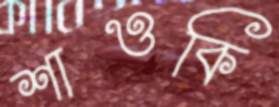
শাওকি